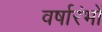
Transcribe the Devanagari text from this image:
वर्षारंभों